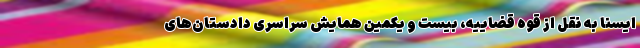
ایسنا به نقل از قوه قضاییه، بیست و یکمین همایش سراسری دادستان‌های